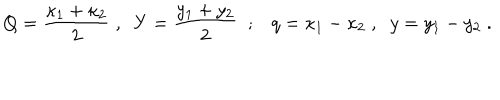
Q = { \frac { \kappa _ { 1 } + \kappa _ { 2 } } { 2 } } \; , \; \; Y = { \frac { y _ { 1 } + y _ { 2 } } { 2 } } \; \; ; q = \kappa _ { 1 } - \kappa _ { 2 } \; , \; \; y = y _ { 1 } - y _ { 2 } \; .